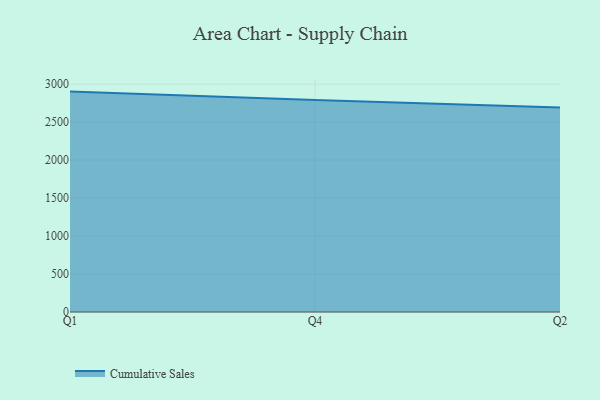
{"axis": {"x": "Quarter", "y": "Conversion Rate (%)"}, "legend": ["Cumulative Sales"], "data": [{"x": "Q1", "y": 2902.2, "type": "Cumulative Sales"}, {"x": "Q4", "y": 2791.8, "type": "Cumulative Sales"}, {"x": "Q2", "y": 2692.0, "type": "Cumulative Sales"}]}